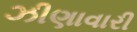
ઝીણાવારી